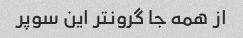
از همه جا گرونتر این سوپر